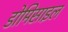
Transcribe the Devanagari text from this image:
डोमिसाइल